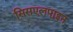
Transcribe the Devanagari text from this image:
सिसएलपाइन